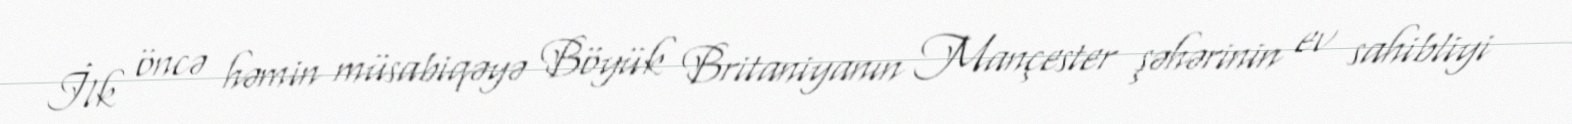
İlk öncə həmin müsabiqəyə Böyük Britaniyanın Mançester şəhərinin ev sahibliyi